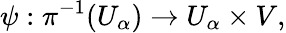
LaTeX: \psi:\pi^{-1}(U_{\alpha})\rightarrow U_{\alpha}\times V,